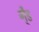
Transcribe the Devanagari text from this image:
गै्ड